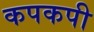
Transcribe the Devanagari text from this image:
कपकपी